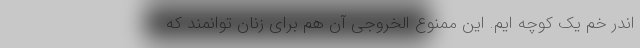
اندر خم یک کوچه ایم. این ممنوع الخروجی آن هم برای زنان توانمند که